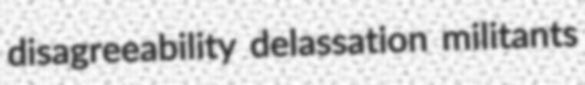
disagreeability delassation militants